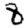
Digit: 8